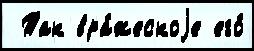
 Так вра́жескоjе его́